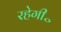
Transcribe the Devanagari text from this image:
रहेगी॰